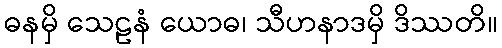
ဓနမှိ သေဠနံ ယောဓ၊ သီဟနာဒမှိ ဒိဿတိ။